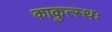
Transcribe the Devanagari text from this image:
काकुत्स्थः